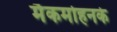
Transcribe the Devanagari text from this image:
मैकमोहनके